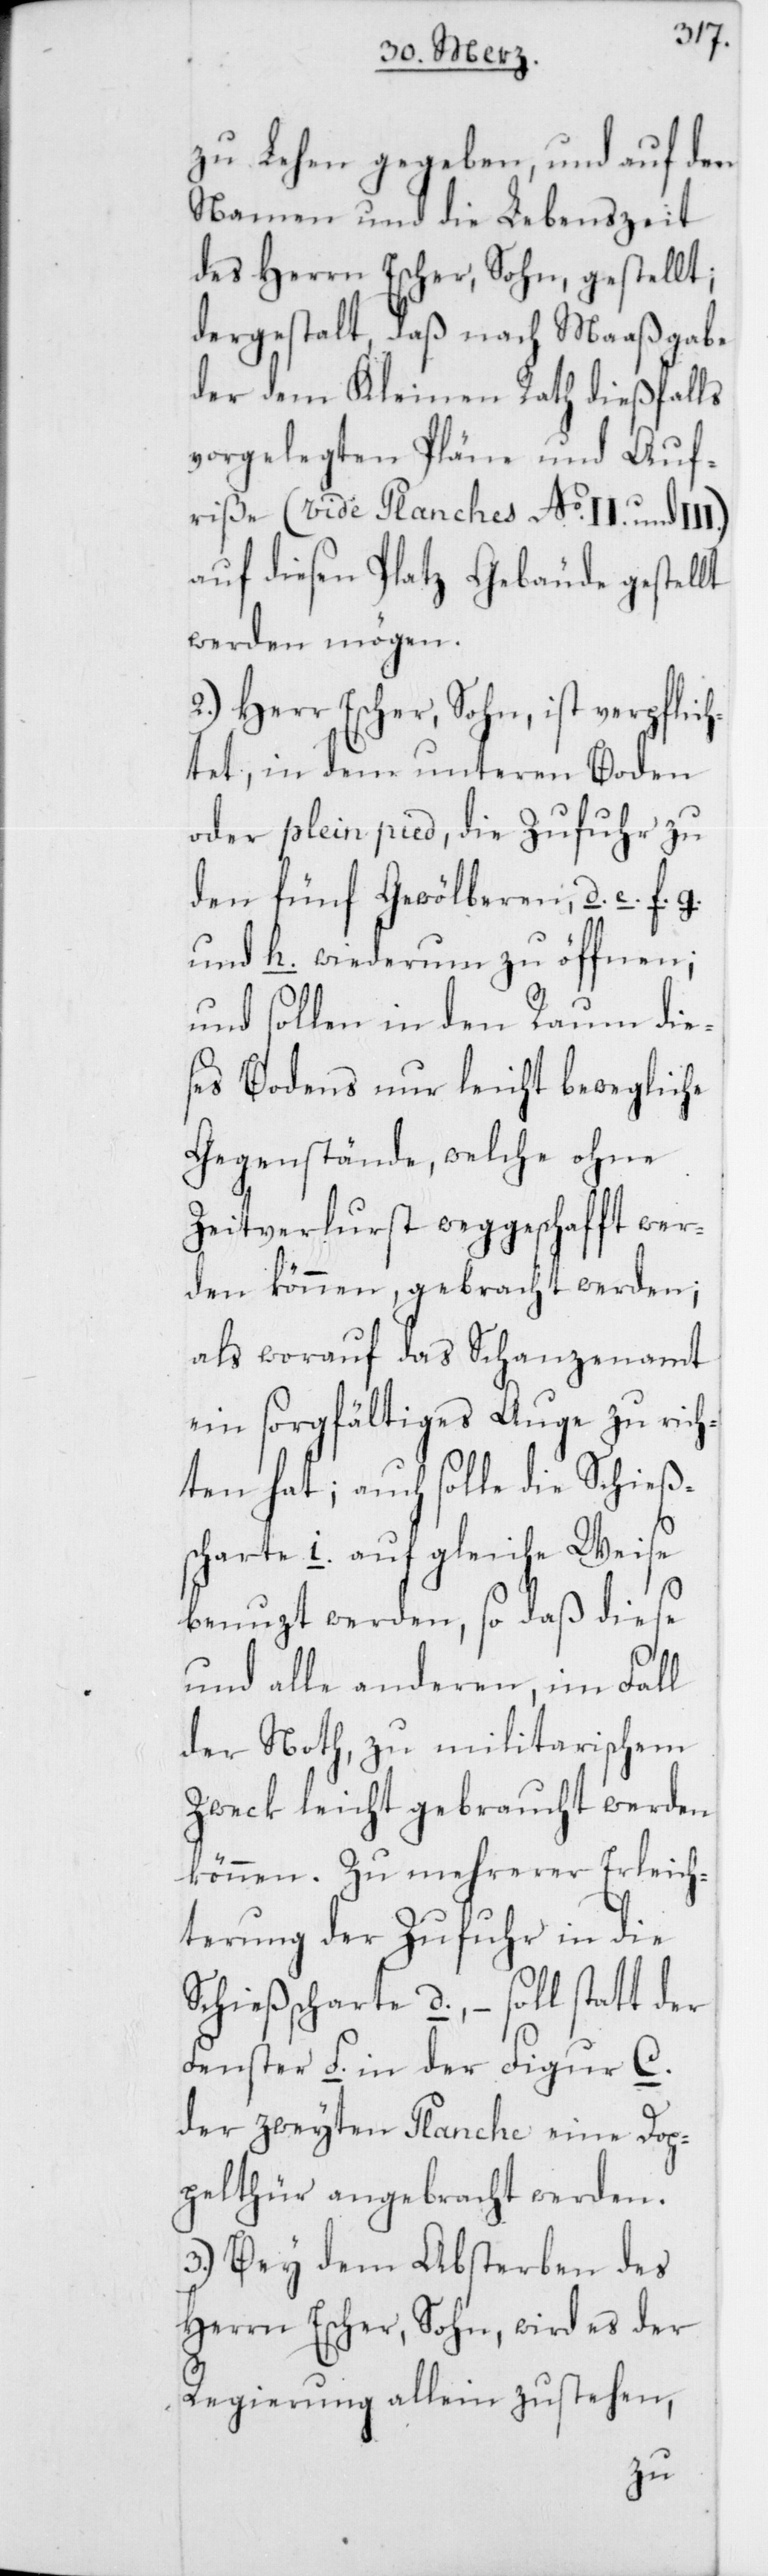
zu Lehen gegeben, und auf den
Namen und die Lebenszeit
des Herrn Escher, Sohn, gestellt;
dergestalt, daß nach Maaßgabe
der dem Kleinen Rath dießfalls
vorgelegten Pläne und Auf¬
riße (vide Planches No. II. und
auf diesen Platz Gebäude gestellt
werden mögen.
2.) Herr Escher, Sohn, ist verpflic¬
htet, in dem unteren Boden
oder plein pied, die Zufuhr zu
den fünf Gewölberen d. e. f. g.
und h. wiederum zu öffnen;
und sollen in den Raum die¬
ses Bodens nur leicht bewegliche
Gegenstände, welche ohne
Zeitverlust weggeschafft wer¬
den können, gebracht werden;
als worauf das Schanzenamt
ein sorgfältiges Auge zu rich¬
ten hat; auch solle die Schieß¬
scharte i. auf gleiche Weise
benuzt werden, so daß diese
und alle anderen, im Fall
der Noth, zu militarischem
Zweck leicht gebraucht werden
können. Zu mehrerer Erleich¬
terung der Zufuhr in die
Schießscharte d., – soll statt der
Fenster f. in der Figur C.
der zweyten Planche eine Dop¬
pelthür angebracht werden.
3.) Bey dem Absterben des
Herrn Escher, Sohn, wird es der
Regierung allein zustehen,